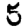
Digit: 5